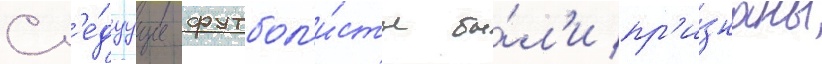
Сл'е́дуущие футбол'и́сты бы́л'и пр'и́знаны